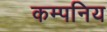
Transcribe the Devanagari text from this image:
कम्पनिय